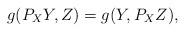
LaTeX: \begin{align*} g(P_XY,Z) = g(Y,P_XZ), \end{align*}